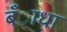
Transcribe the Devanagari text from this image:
बँाधा